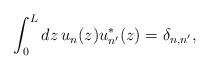
LaTeX: \begin{align*}\int_{0}^{L} dz\, u_{n}(z)u_{n'}^{*}(z)= \delta_{n,n'},\end{align*}